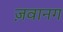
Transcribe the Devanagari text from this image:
ज़वानग